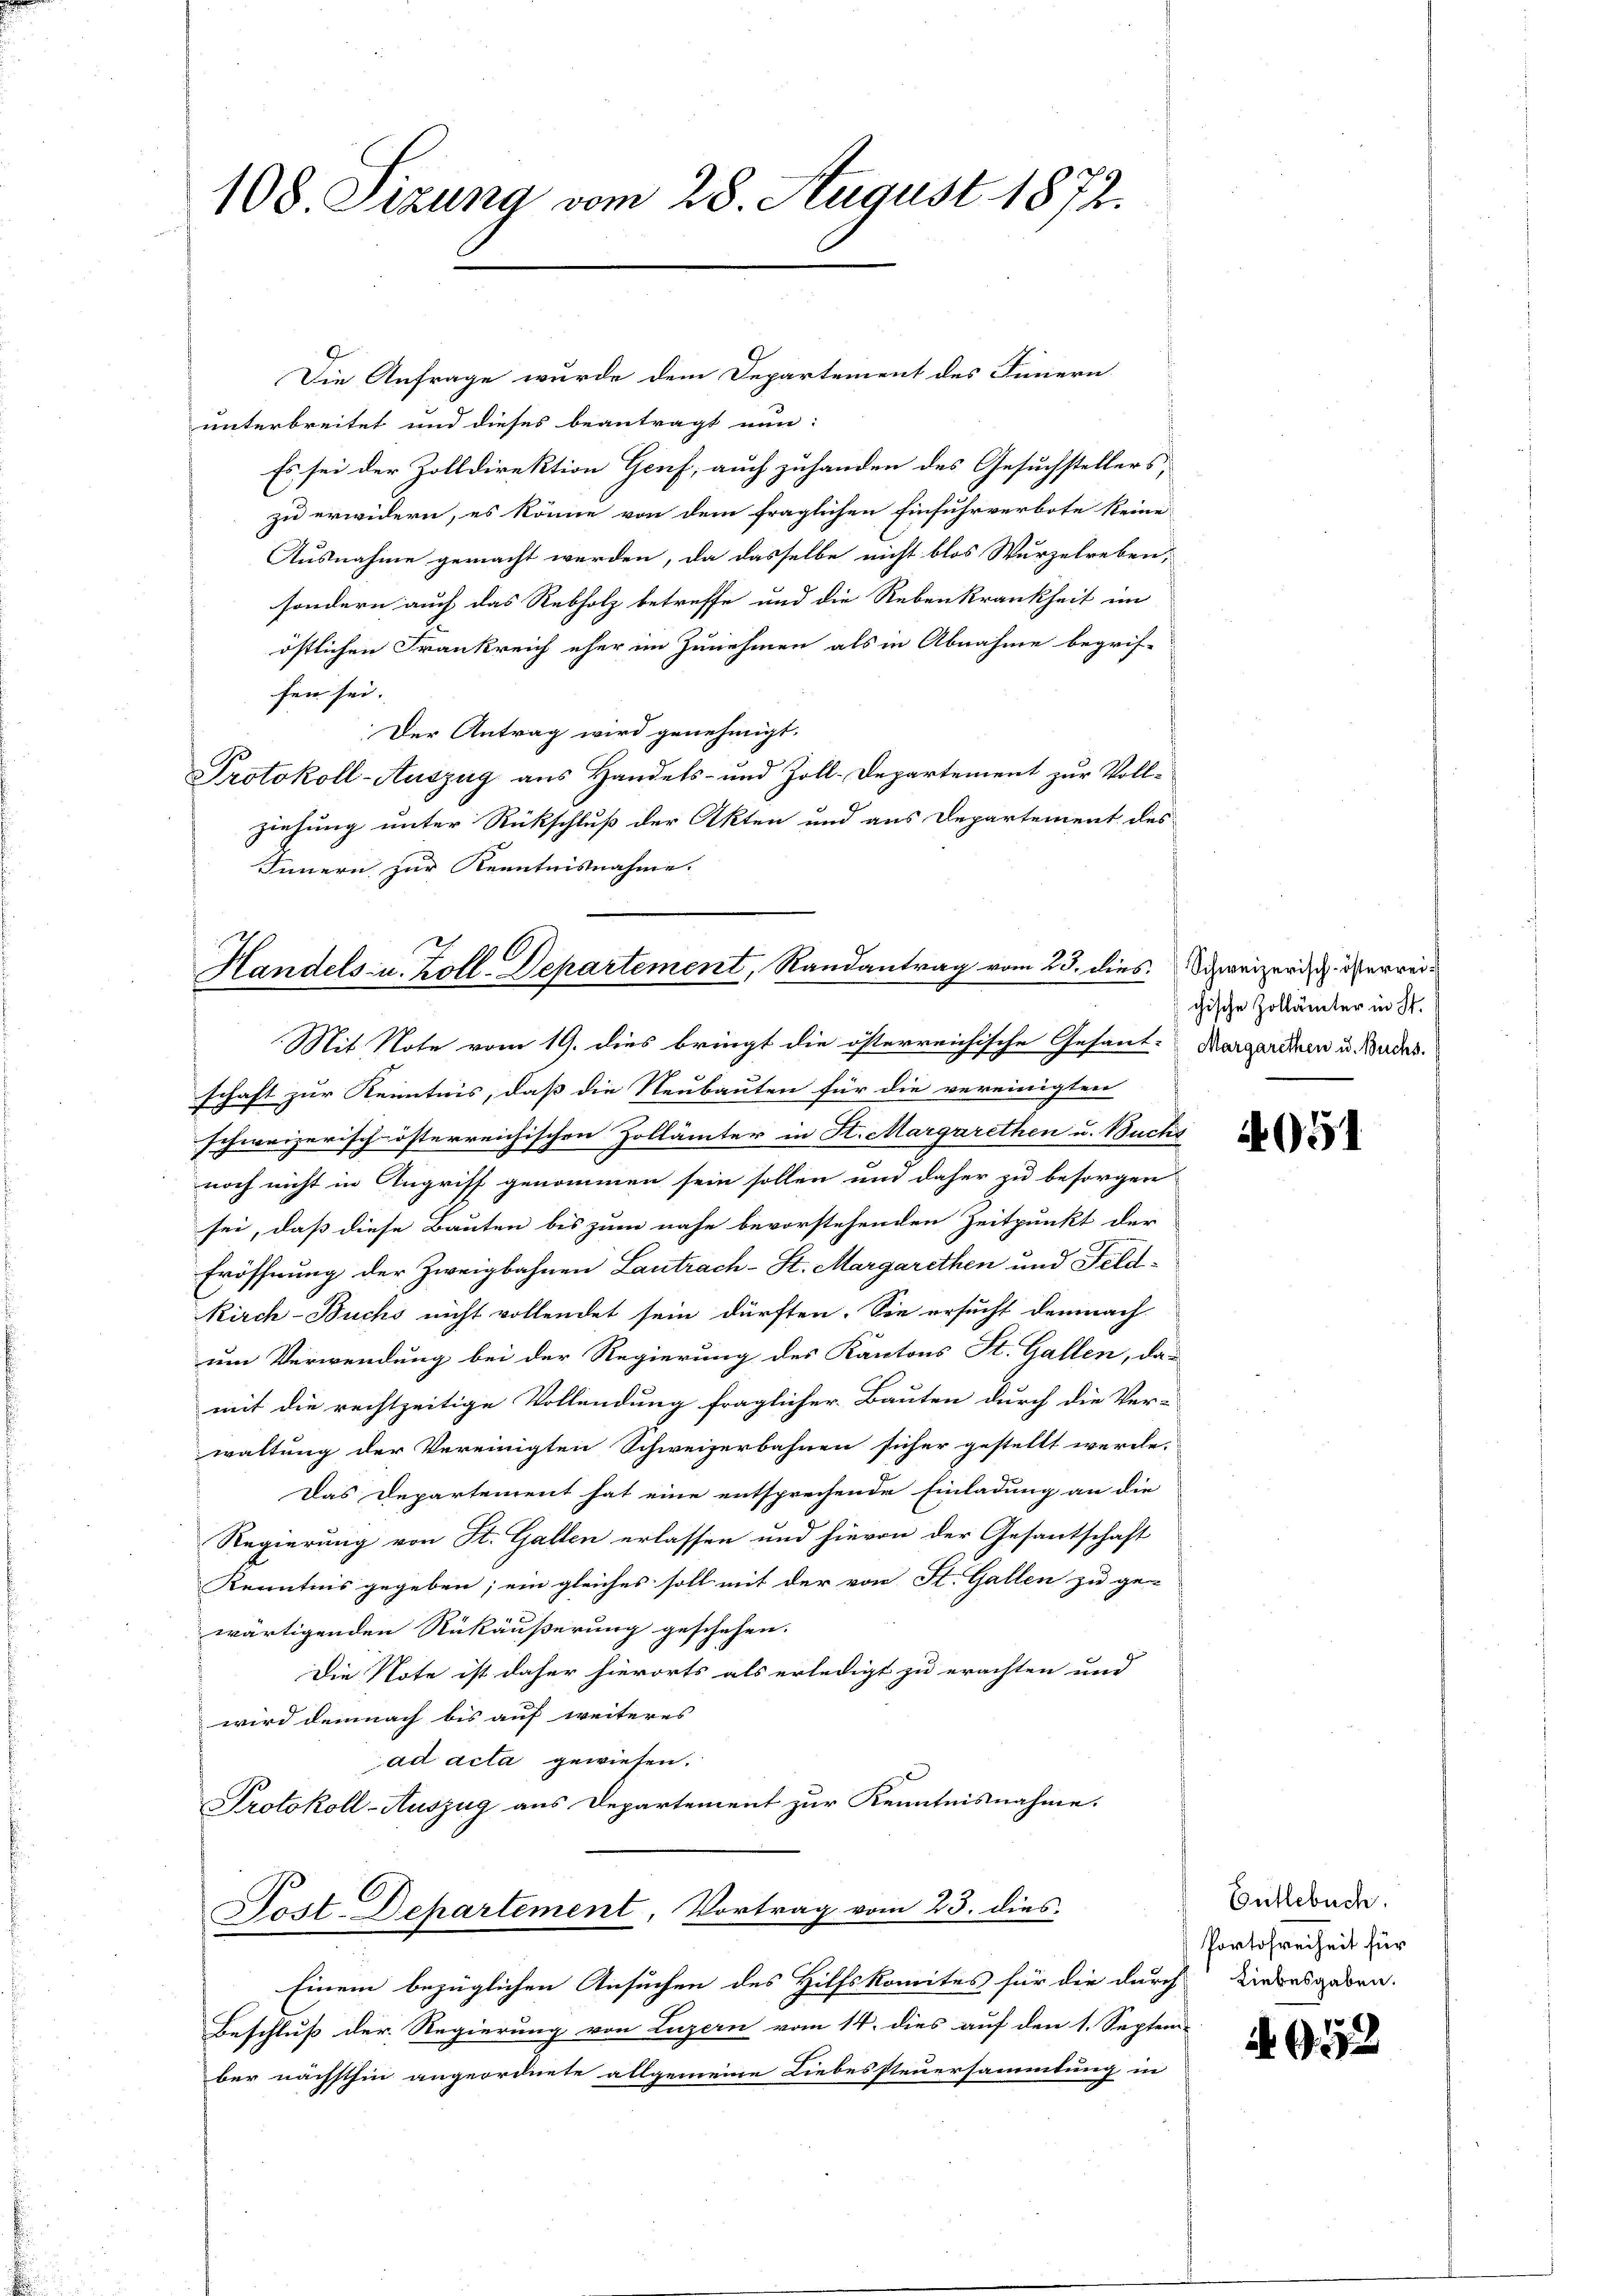
108 Sizung vom 28. August 1872.

Die Anfrage wurde dem Departement des Innern
unterbreitet und dieses beantragt nun:
Es sei der Zolldirektion Genf, auch zuhanden des Gesuchstellers,
zu erwidern, es könne von dem fraglichen Einfuhrverbote keine
Ausnahme gemacht werden, da dasselbe nicht blos Wurzelreben,
sondern auch das Rebholz betreffe und die Rebenkrankheit im
östlichen Frankreich eher im Zunehmen als in Abnahme begrif-
fen sei. |
Der Antrag wird genehmigt.
Protokoll-Auszug aus Handels- und Zoll-Departement zur Vollziehung unter Rückschluß der Akten und aus Departement des
Innern zur Kenntnisnahme.

Handels- u. Koll-Departement, Randantrag vom 23. dies
Mit Note vom 19. dies bringt die österreichische Gesant-Margarden u. Bades.

Sost-Departement, Vortrag vom 23. dies
Einem bezüglichen Ansuchen des Hilfskomites für die durch Kindesgaben.
Beschluß der Regierung von Luzern vom 14. dies auf den 1. Septem-

schaft zur Kenntnis, daß die Neubauten für die vereinigten
schweizerisch-österreichischen Zollämter in St. Margarethen u. Buchs
noch nicht in Angriff genommen sein sollen und daher zu besorgen
sei, daß diese Bauten bis zum nahe bevorstehenden Zeitpunkt der
Eröffnung der Zweigbahnen Lantrach-St. Margarethen und Feld¬
Kirch-Buchs nicht vollendet sein dürften. Sie ersucht demnach
um Verwendung bei der Regierung des Kantons St. Gallen, das
mit die rechtzeitige Vollendung fraglicher Bauten durch die Ver-
waltung der Vereinigten Schweizerbahnen sicher gestellt werde.
Das Departement hat eine entsprechende Einladung an die
Regierung von St. Gallen erlassen und hievon der Gesantschaft
Kenntnis gegeben; ein gleiches soll mit der von St. Gallen zu ge-
wärtigenden Rükäußerung geschehen.
Die Note ist daher hierorts als erledigt zu erachten und
wird demnach bis auf weiteres
ad acta gewiesen.
Protokoll-Auszug aus Departement zur Kenntnisnahme.

ber nächsthin angeordnete allgemeine Liebessteuersammlung in

Schweizerisch-österreichische Zollämter in St.

4951

Entlebuch.
Portofreiheit für

A 15